Annual report on the health of the army in India
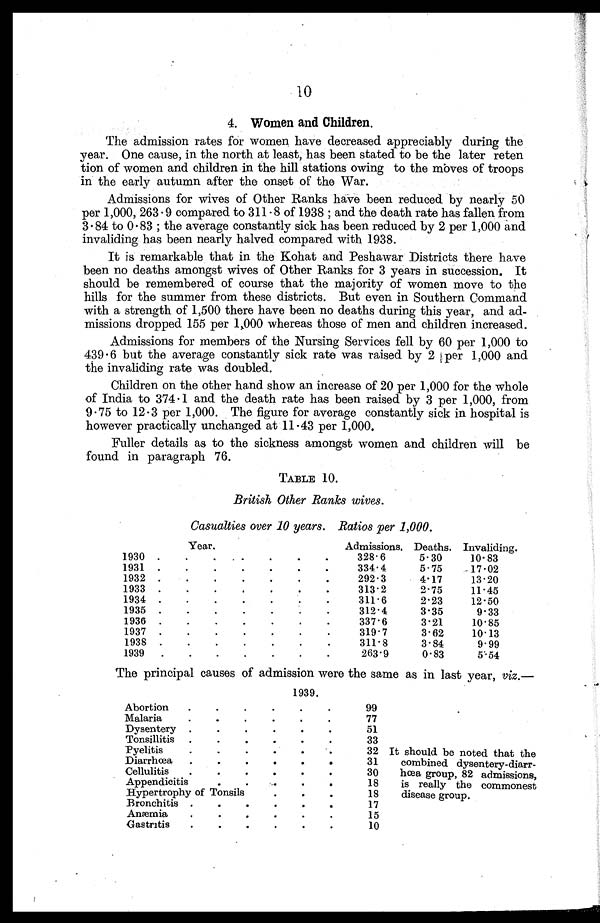
10
4. Women and Children.
The admission rates for women have decreased appreciably during the
year. One cause, in the north at least, has been stated to be the later reten
tion of women and children in the hill stations owing to the moves of troops
in the early autumn after the onset of the War.
Admissions for wives of Other Ranks have been reduced by nearly 50
per 1,000, 263.9 compared to 311.8 of 1938 ; and the death rate has fallen from
3.84 to 0.83 ; the average constantly sick has been reduced by 2 per 1,000
invaliding has been nearly halved compared with 1938.
It is remarkable that in the Kohat and Peshawar Districts there have
been no deaths amongst wives of Other Ranks for 3 years in succession. It
should be remembered of course that the majority of women move to the
hills for the summer from these districts. But even in Southern Command
with a strength of 1,500 there have been no deaths during this year, and ad
missions dropped 155 per 1,000 whereas those of men and children increased.
Admissions for members of the Nursing Services fell by 60 per 1,000 to
439.6 but the average constantly sick rate was raised by 2 per 1,000 and
the invaliding rate was doubled.
Children on the other hand show an increase of 20 per 1,000 for the whole
of India to 374.1 and the death rate has been raised by 3 per 1,000, from
9.75 to 12.3 per 1,000. The figure for average constantly sick in hospital is
however practically unchanged at 11.43 per 1,000.
Fuller details as to the sickness amongst women and children will be
found in paragraph 76.
TABLE 10.
British Other Ranks wives.
Casualties over 10 years. Ratios per 1,000.
Year.
Admissions. Deaths. Invaliding.
1930
.
.
.
.
.
.
. 328.6
5.30
10.83
1931
.
.
.
.
.
.
.
334.4
5.75
17.02
1932
.
.
.
.
.
.
.
292.3
4.17
13.20
1933
.
.
.
.
.
.
.
313.2
2.75
11.45
1934
.
.
.
.
.
.
.
311.6
2.23
12.50
1935
.
.
.
.
.
.
.
312.4
3.35
9.33
1936
.
.
.
.
.
.
.
337.6
3.21
10.85
1937
.
.
.
.
.
.
.
319.7
3.62
10.13
1938
.
.
.
.
.
.
.
311.8
3.84
9.99
1939
.
.
.
.
.
.
.
263.9
0.83
5.54
The principal causes of admission were the same as in last year, viz.
—
1939.
Abortion
.
.
.
.
.
.
99
It should be noted that the
combined dysentery-diarr
hœa group, 82 admissions,
is really the commonest
disease group.
Malaria
.
.
.
.
.
.
77
Dysentery
.
.
.
.
.
.
51
Tonsillitis
.
.
.
.
.
.
33
Pyelitis
.
.
.
.
.
32
Diarrhœa
.
.
.
.
.
31
Cellulitis
.
.
.
.
.
.
30
Appendicitis
.
.
.
.
.
18
Hypertrophy of Tonsils
.
.
.
18
Bronchitis .
.
.
.
.
.
17
Anæmia
.
.
.
.
.
.
15
Gastritis
.
.
.
.
.
.
10